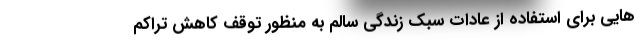
هایی برای استفاده از عادات سبک زندگی سالم به منظور توقف کاهش تراکم